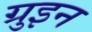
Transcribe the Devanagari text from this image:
ग्रुइन